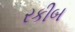
રકીબ